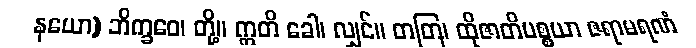
နယော) ဘိက္ခဝေ၊ တို့။ ဣတိ ခေါ၊ လျှင်။ တတြ၊ ထိုဇာတိပစ္စယာ ဇရာမရဏံ